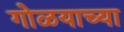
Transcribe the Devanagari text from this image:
गोळयाच्या